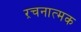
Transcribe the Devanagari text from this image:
ऱचनात्मक